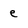
Character: e